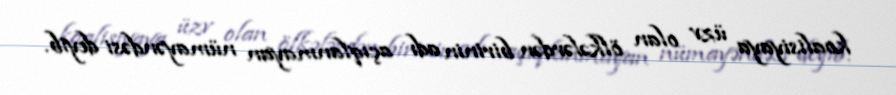
koalisiyaya üzv olan ölkələrdən birinin adı açıqlanmayan nümayəndəsi deyib.